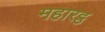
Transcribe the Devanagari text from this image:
महारट्ठ